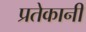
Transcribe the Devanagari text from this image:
प्रतेकानी